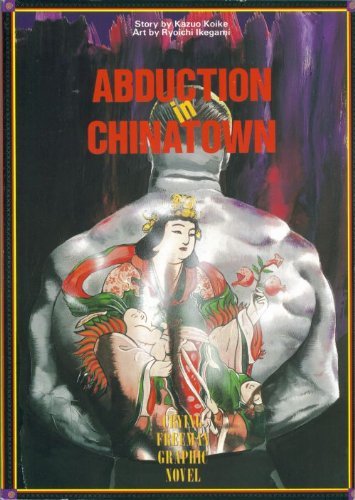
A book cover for Crying Freeman: A Taste of Revenge (Viz Graphic Novel, Vol 1); Kazuo Koike; Comics & Graphic Novels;